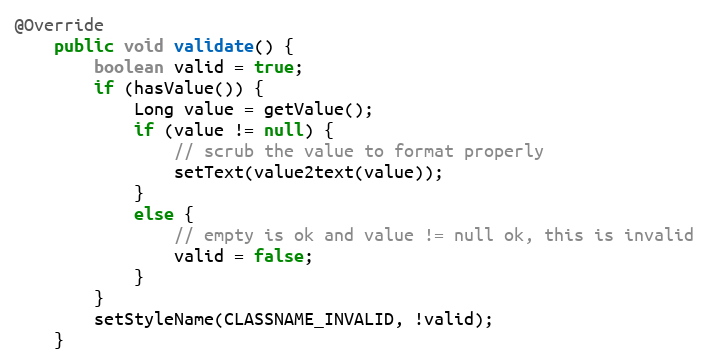
Language: Java
@Override
    public void validate() {
        boolean valid = true;
        if (hasValue()) {
            Long value = getValue();
            if (value != null) {
                // scrub the value to format properly
                setText(value2text(value));
            }
            else {
                // empty is ok and value != null ok, this is invalid
                valid = false;
            }
        }
        setStyleName(CLASSNAME_INVALID, !valid);
    }